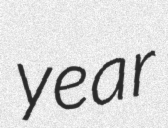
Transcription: year